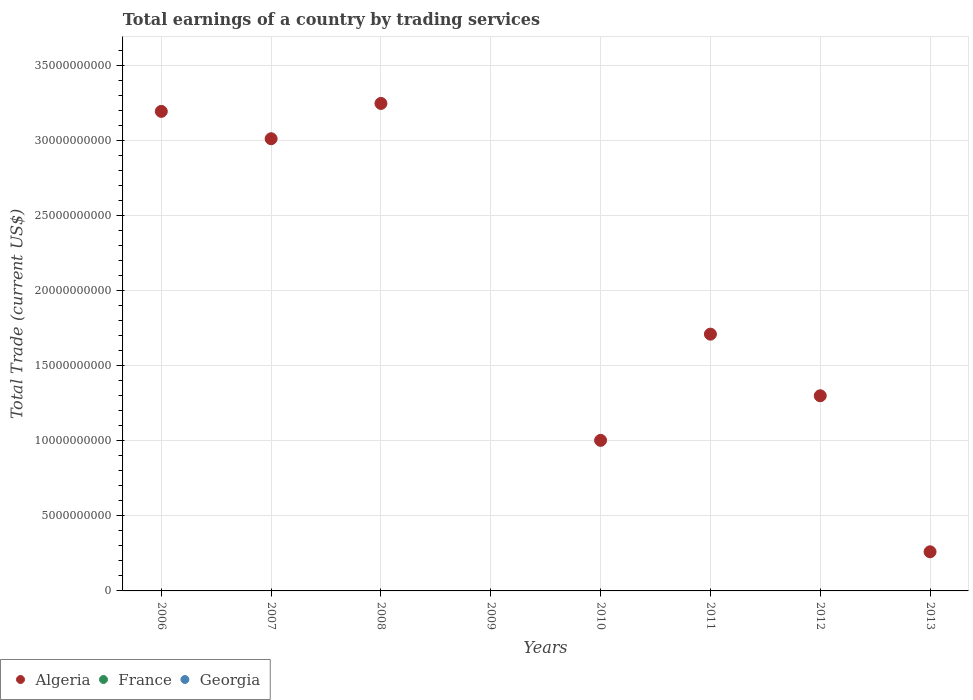
| Years | Algeria | France | Georgia |
 | --- | --- | --- | --- |
 | 2006 | 3.19e+10 | -8.16e+09 | -1.88e+09 |
 | 2007 | 3.01e+10 | -1.85e+10 | -2.72e+09 |
 | 2008 | 3.25e+10 | -4.19e+10 | -3.81e+09 |
 | 2009 | -9.07e+08 | -3.28e+10 | -2.07e+09 |
 | 2010 | 1e+10 | -4.35e+10 | -2.08e+09 |
 | 2011 | 1.71e+10 | -5.66e+10 | -2.75e+09 |
 | 2012 | 1.3e+10 | -3.86e+10 | -3.11e+09 |
 | 2013 | 2.61e+09 | -3.22e+10 | -2.08e+09 |